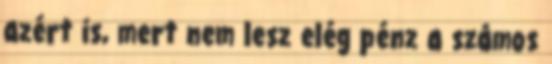
azért is, mert nem lesz elég pénz a számos